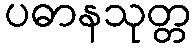
ပဓာနသုတ္တ